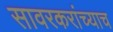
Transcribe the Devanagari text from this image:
सावरकरांच्याच